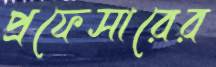
প্রফেসারের